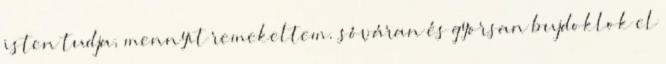
isten tudja, mennyit remekeltem. sóváran és gyorsan bujdoklok el